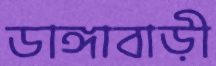
ডাঙ্গাবাড়ী